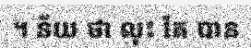
។ ន័យ ថា លុះ តែ បាន